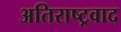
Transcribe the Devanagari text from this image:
अतिराष्ट्रवाद